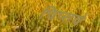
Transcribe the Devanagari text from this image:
चिप्सचे